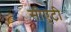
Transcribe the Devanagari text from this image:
सीएटी